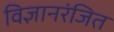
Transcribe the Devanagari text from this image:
विज्ञानरंजित